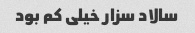
سالاد سزار خیلی کم بود